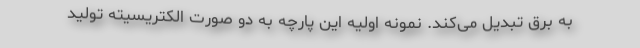
به برق تبدیل می‌کند. نمونه اولیه این پارچه به دو صورت الکتریسیته تولید